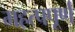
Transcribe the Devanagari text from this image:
महत्‍पपूर्ण